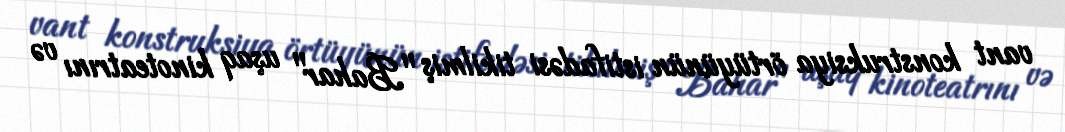
vant konstruksiya örtüyünün istifadəsi tikilmiş "Bahar" uşaq kinoteatrını və